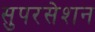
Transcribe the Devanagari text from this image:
सुपरसेशन